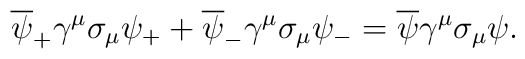
\overline{\psi}_{+}  \gamma^{\mu} \sigma_{\mu} \psi_{+} + \overline{\psi}_{-} \gamma^{\mu} \sigma_{\mu} \psi_{-}= \overline{\psi}  \gamma^\mu \sigma_{\mu} \psi.